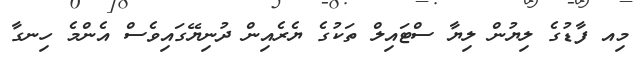
މިއ ފާޑުގެ ލިޔުން ލިޔާ ސްޓައިލް ތަކުގެ ޔެރެއިން ދުނިޔޭގައިވެސް އެންމެ ހިނގާ